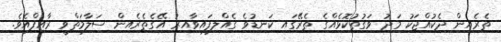
ތެރެއިން ދެކުއްޖަކު މަދު ވަގުތުކޮޅެއްގެ ތެރޭގައި ކަނޑުވެ ގެއްލިފައިވާއިރު އޭގެތެރެއިން ސަލާމަތްވީ ރާއިފްއެވެ.